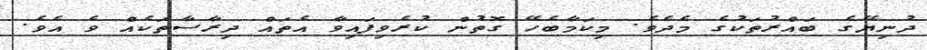
ދުނިޔޭގެ ބައްރުތަކުގެ މެދެވެ. މިކަމާބެހޭ ގޮތުން ކުރެވިފައިވާ އެތައް ދިރާސާތަކެއް ވެ އެވެ.